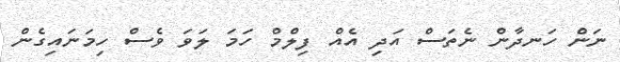
ނަން ހަނދާން ނެތަސް އަދި އެއް ފިލްމް ހަމަ ލަވަ ވެސް ހިމަނައިގެން